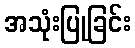
အသုံးပြုခြင်း